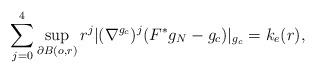
LaTeX: \begin{align*} \sum_{j=0}^{4}\sup_{\partial B(o,r)}r^j|(\nabla^{g_c})^j(F^*g_N -g_c)|_{g_c}=k_{e}(r), \end{align*}